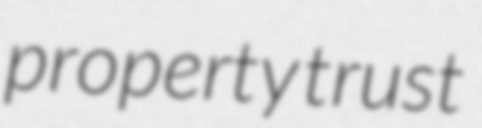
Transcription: property trust